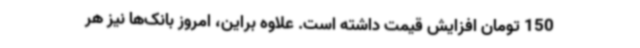
150 تومان افزایش قیمت داشته است. علاوه براین، امروز بانک‌ها نیز هر